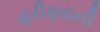
હરીફાઇની